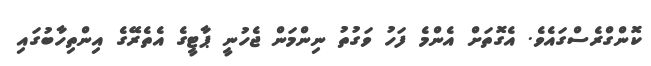
ކޮންގްރެސްގައެވެ. އެގޮތަށް އެންމެ ފަހު ވަގުތު ނިންމަން ޖެހުނީ ޕާޓީގެ އެތެރޭގެ އިންތިހާބުގައި